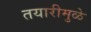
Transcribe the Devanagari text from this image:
तयारीमुळे